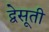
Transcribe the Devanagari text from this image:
द्वेसूती